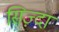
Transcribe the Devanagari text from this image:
सिज़्दा